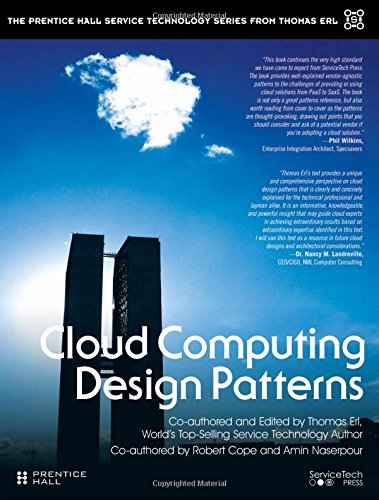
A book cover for Cloud Computing Design Patterns (The Prentice Hall Service Technology Series from Thomas Erl); Thomas Erl; Computers & Technology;